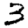
Digit: 3